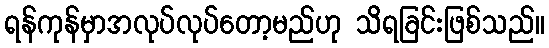
ရန်ကုန်မှာအလုပ်လုပ်တော့မည်ဟု သိရခြင်းဖြစ်သည်။